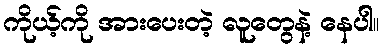
ကိုယ့်ကို အားပေးတဲ့ လူတွေနဲ့ နေပါ။